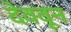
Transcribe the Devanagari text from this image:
देववून